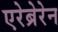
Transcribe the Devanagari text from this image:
एरेब्रेरेन